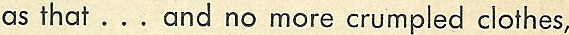
as that...and no more crumpled clothes,